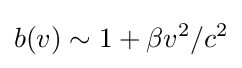
b(v)\sim 1+\beta v^{2}/c^{2}